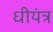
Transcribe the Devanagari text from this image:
धीयंत्र